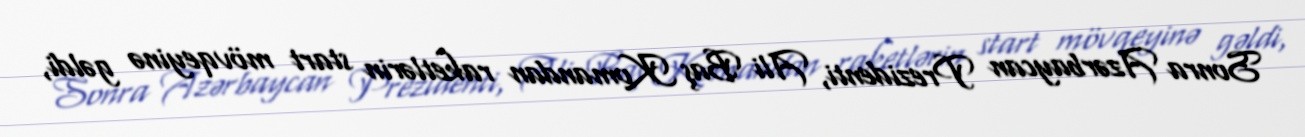
Sonra Azərbaycan Prezidenti, Ali Baş Komandan raketlərin start mövqeyinə gəldi,